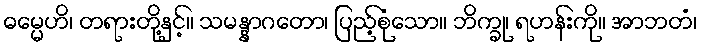
ဓမ္မေဟိ၊ တရားတို့နှင့်။ သမန္နာဂတော၊ ပြည့်စုံသော။ ဘိက္ခု၊ ရဟန်းကို။ အာဘတံ၊